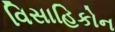
વિસાહિકોન